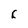
Character: C